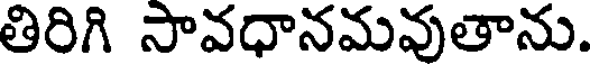
తిరిగి సావధానమవుతాను.